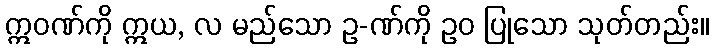
ဣဝဏ်ကို ဣယ, လ မည်သော ဥ-ဏ်ကို ဥဝ ပြုသော သုတ်တည်း။